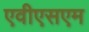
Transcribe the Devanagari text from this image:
एवीएसएम